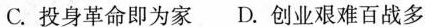
C.投身革命即为家D.创业艰难百战多